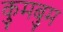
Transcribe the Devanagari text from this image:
कुमबुम